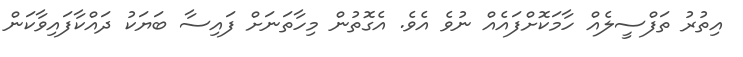
އިތުރު ތަފްސީލެއް ހާމަކޮށްފައެއް ނުވެ އެވެ. އެގޮތުން މިހާތަނަށް ފައިސާ ބަޔަކު ދައްކާފައިވާކަން